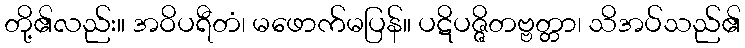
တို့၏လည်း။ အဝိပရီတံ၊ မဖောက်မပြန်။ ပဋိပဇ္ဇိတဗ္ဗတ္တာ၊ သိအပ်သည်၏